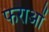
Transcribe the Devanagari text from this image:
फराओं